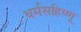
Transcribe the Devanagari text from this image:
धर्मसहिष्णू